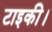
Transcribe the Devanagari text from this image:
टाइकी।